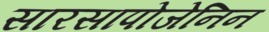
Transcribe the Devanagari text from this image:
सारसापोजेनिन